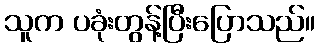
သူက ပခုံးတွန့်ပြီးပြောသည်။